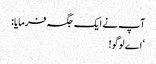
آپ نے ایک جگہ فرمایا:
‘اے لوگو!